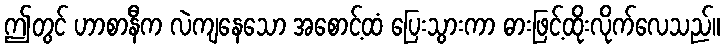
ဤတွင် ဟာစာနီက လဲကျနေသော အစောင့်ထံ ပြေးသွားကာ ဓားဖြင့်ထိုးလိုက်လေသည်။